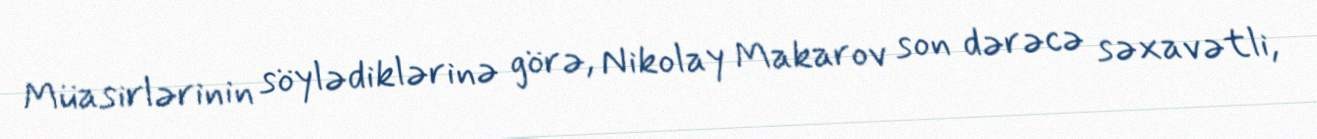
Müasirlərinin söylədiklərinə görə, Nikolay Makarov son dərəcə səxavətli,